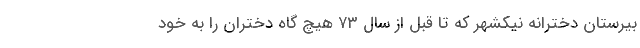
بیرستان دخترانه نیکشهر که تا قبل از سال ۷۳ هیچ گاه دختران را به خود